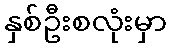
နှစ်ဦးစလုံးမှာ